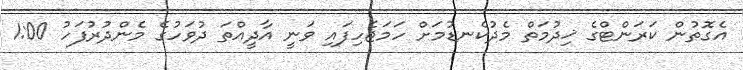
އެގޮތުން ކަރަންޓްގެ ޚިދުމަތް މެދުކެނޑުމަށް ހަމަޖެހިފައި ވަނީ އާދީއްތަ ދުވަހުގެ މެންދުރުފަހު 1:00